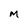
Character: M